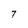
Character: T